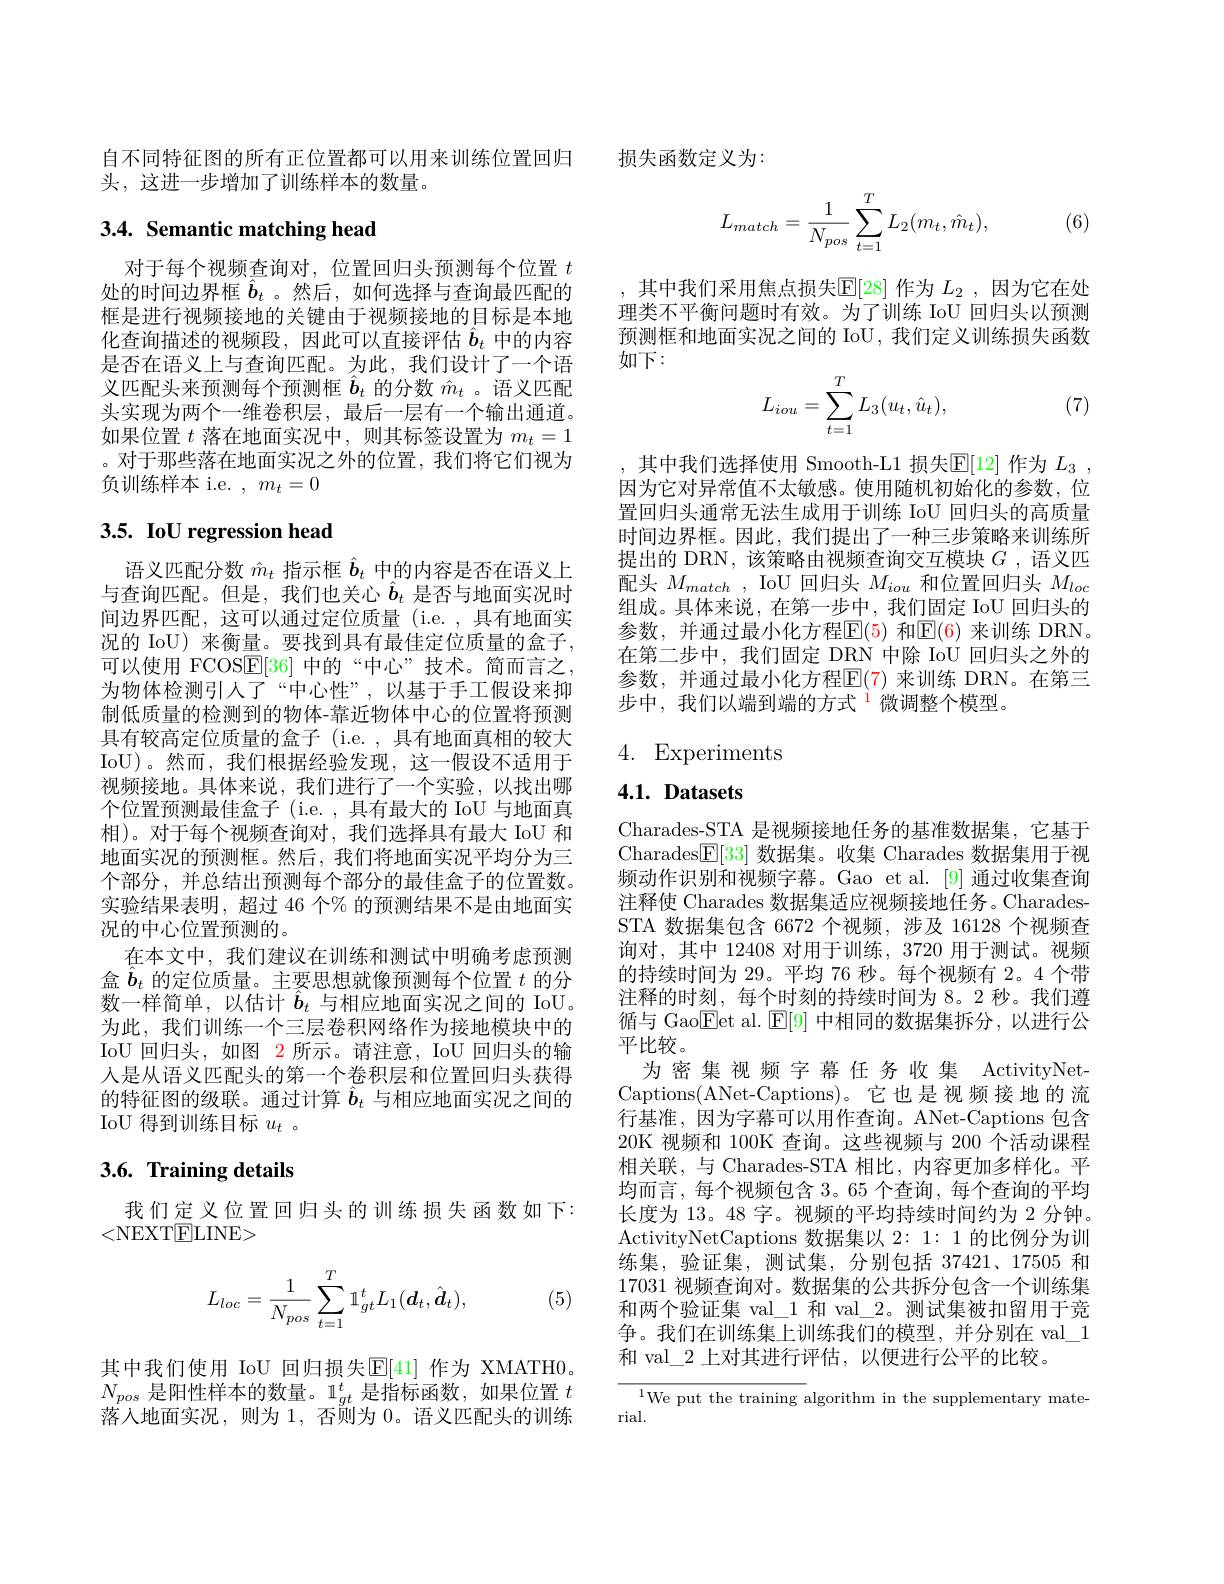
头，这进一步增加了训练样本的数量。

## 3.4. Semantic matching head

对于每个视频查询对，位置回归头预测每个位置$t$ 处的时间边界框$\hat{\boldsymbol{b}}_t$ 。然后，如何选择与查询最匹配的框是进行视频接地的关键由于视频接地的目标是本地化查询描述的视频段，因此可以直接评估$\hat{\boldsymbol{b}}_t$中的内容是否在语义上与查询匹配。为此，我们设计了一个语义匹配头来预测每个预测框$\hat{\boldsymbol{b}}_t$的分数$\hat{m}_t$ 。语义匹配头实现为两个一维卷积层，最后一层有一个输出通道。如果位置$t$落在地面实况中，则其标签设置为$m_t=1$ 。对于那些落在地面实况之外的位置，我们将它们视为负训练样本 i.e. $,m_t=0$

# 3.5. IoU regression head

语义匹配分数$\hat{m}_t$指示框$\hat{b}_t$中的内容是否在语义上与查询匹配。但是，我们也关心$\hat{b}_t$是否与地面实况时间边界匹配，这可以通过定位质量(i.e.,具有地面实况的 IoU) 来衡量。要找到具有最佳定位质量的盒子， 可以使用 FCOSE[36] 中的“中心”技术。简而言之， 为物体检测引人了“中心性”,以基于手工假设来抑制低质量的检测到的物体-靠近物体中心的位置将预测具有较高定位质量的盒子(i.e.,具有地面真相的较大IoU)。然而，我们根据经验发现，这一假设不适用于视频接地。具体来说，我们进行了一个实验，以找出哪个位置预测最佳盒子 (i.e.,具有最大的 IoU 与地面真相)。对于每个视频查询对，我们选择具有最大 IoU 和地面实况的预测框。然后，我们将地面实况平均分为三个部分，并总结出预测每个部分的最佳盒子的位置数。实验结果表明，超过 46 个% 的预测结果不是由地面实况的中心位置预测的。
在本文中，我们建议在训练和测试中明确考虑预测盒$b_t$的定位质量。主要思想就像预测每个位置$t$的分数一样简单，以估计$\hat{\boldsymbol{b}}_t$与相应地面实况之间的 IoU。为此，我们训练一个三层卷积网络作为接地模块中的IoU 回归头，如图 2 所示。请注意，IoU 回归头的输入是从语义匹配头的第一个卷积层和位置回归头获得的特征图的级联。通过计算$\hat{b}_t$与相应地面实况之间的IoU 得到训练目标$u_t$ 。

## 3.6. Training details

我们定义位置回归头的训练损失函数如下：
<NEXT$\textcircled{\mathrm{ELINE}}>$
$$L_{loc}=\frac{1}{N_{pos}}\sum_{t=1}^{T}\mathbb{1}_{gt}^{t}L_{1}(\boldsymbol{d}_{t},\hat{\boldsymbol{d}}_{t}),$$
(5)

其中我们使用 IoU 回归损失$\mathbb{E}[41]$ 作为 XMATH0。$N_{pos}$是阳性样本的数量。1$_gt^t$是指标函数，如果位置$t$ 落人地面实况，则为 1, 否则为 0。语义匹配头的训练

自不同特征图的所有正位置都可以用来训练位置回归 损失函数定义为：
$$L_{match}=\frac{1}{N_{pos}}\sum_{t=1}^{T}L_{2}(m_{t},\hat{m}_{t}),$$
(6)

,其中我们采用焦点损失$\mathbb{E}[28]$作为$L_2$,因为它在处理类不平衡问题时有效。为了训练 IoU 回归头以预测预测框和地面实况之间的 IoU, 我们定义训练损失函数如下：
$$L_{iou}=\sum_{t=1}^TL_3(u_t,\hat{u}_t),$$
(7)

,其中我们选择使用 Smooth-L1 损失$\mathbb{E}[12]$ 作为 $L_3$ , 因为它对异常值不太敏感。使用随机初始化的参数，位置回归头通常无法生成用于训练 IoU 回归头的高质量时间边界框。因此，我们提出了一种三步策略来训练所提出的 DRN,该策略由视频查询交互模块$G$ ,语义匹配头$M_{match}$, IoU 回归头$M_iou$和位置回归头$M_loc$ 组成。具体来说，在第一步中，我们固定 IoU 回归头的参数，并通过最小化方程$\mathbb{E}(5)$ 和$\mathbb{E}(6)$ 来训练 DRN。在第二步中，我们固定 DRN 中除 IoU 回归头之外的参数，并通过最小化方程$\mathbb{E}(7)$ 来训练 DRN。在第三步中，我们以端到端的方式$^{1}$微调整个模型。

## 4. Experiments

## $4. 1. \textbf{Datasets}$

Charades-STA 是视频接地任务的基准数据集，它基于Charades$\boxed{\mathrm{F}}[33]$数据集。收集 Charades 数据集用于视频动作识别和视频字幕。Gao et al.[9] 通过收集查询注释使 Charades 数据集适应视频接地任务。CharadesSTA 数据集包含 6672 个视频，涉及 16128 个视频查询对，其中 12408 对用于训练，3720 用于测试。视频的持续时间为 29。平均 76 秒。每个视频有 2。4 个带注释的时刻，每个时刻的持续时间为 8。2 秒。我们遵循与 Gao$\boxed{\mathrm{Fet~al.~}}\boxed{\mathrm{F}}[9]$中相同的数据集拆分，以进行公平比较。
为密集视频字幕任务收集 ActivityNetCaptions(ANet-Captions)。它也是视频接地的流行基准，因为字幕可以用作查询。ANet-Captions 包含20K 视频和 100K 查询。这些视频与 200 个活动课程相关联，与 Charades-STA 相比，内容更加多样化。平均而言，每个视频包含 3。65 个查询，每个查询的平均长度为 13。48 字。视频的平均持续时间约为 2 分钟。ActivityNetCaptions 数据集以2：1:1的比例分为训练集，验证集，测试集，分别包括 37421、17505 和17031视频查询对。数据集的公共拆分包含一个训练集和两个验证集 val\_1 和 val\_2。测试集被扣留用于竞争。我们在训练集上训练我们的模型，并分别在 val\_1和 val\_2 上对其进行评估，以便进行公平的比较。

${}_{\mathrm{l}}^{1}$We put the training algorithm in the supplementary mate-
rial.